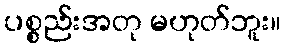
ပစ္စည်းအတု မဟုတ်ဘူး။